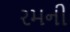
રમની